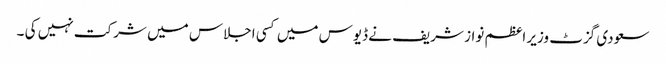
سعودی گزٹ وزیر اعظم نواز شریف نے ڈیوس میں کسی اجلاس میں شرکت نہیں کی ۔